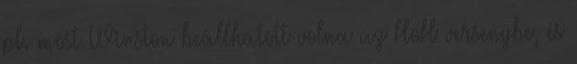
pl. most Winston beállhatott volna az HoH versenybe, és